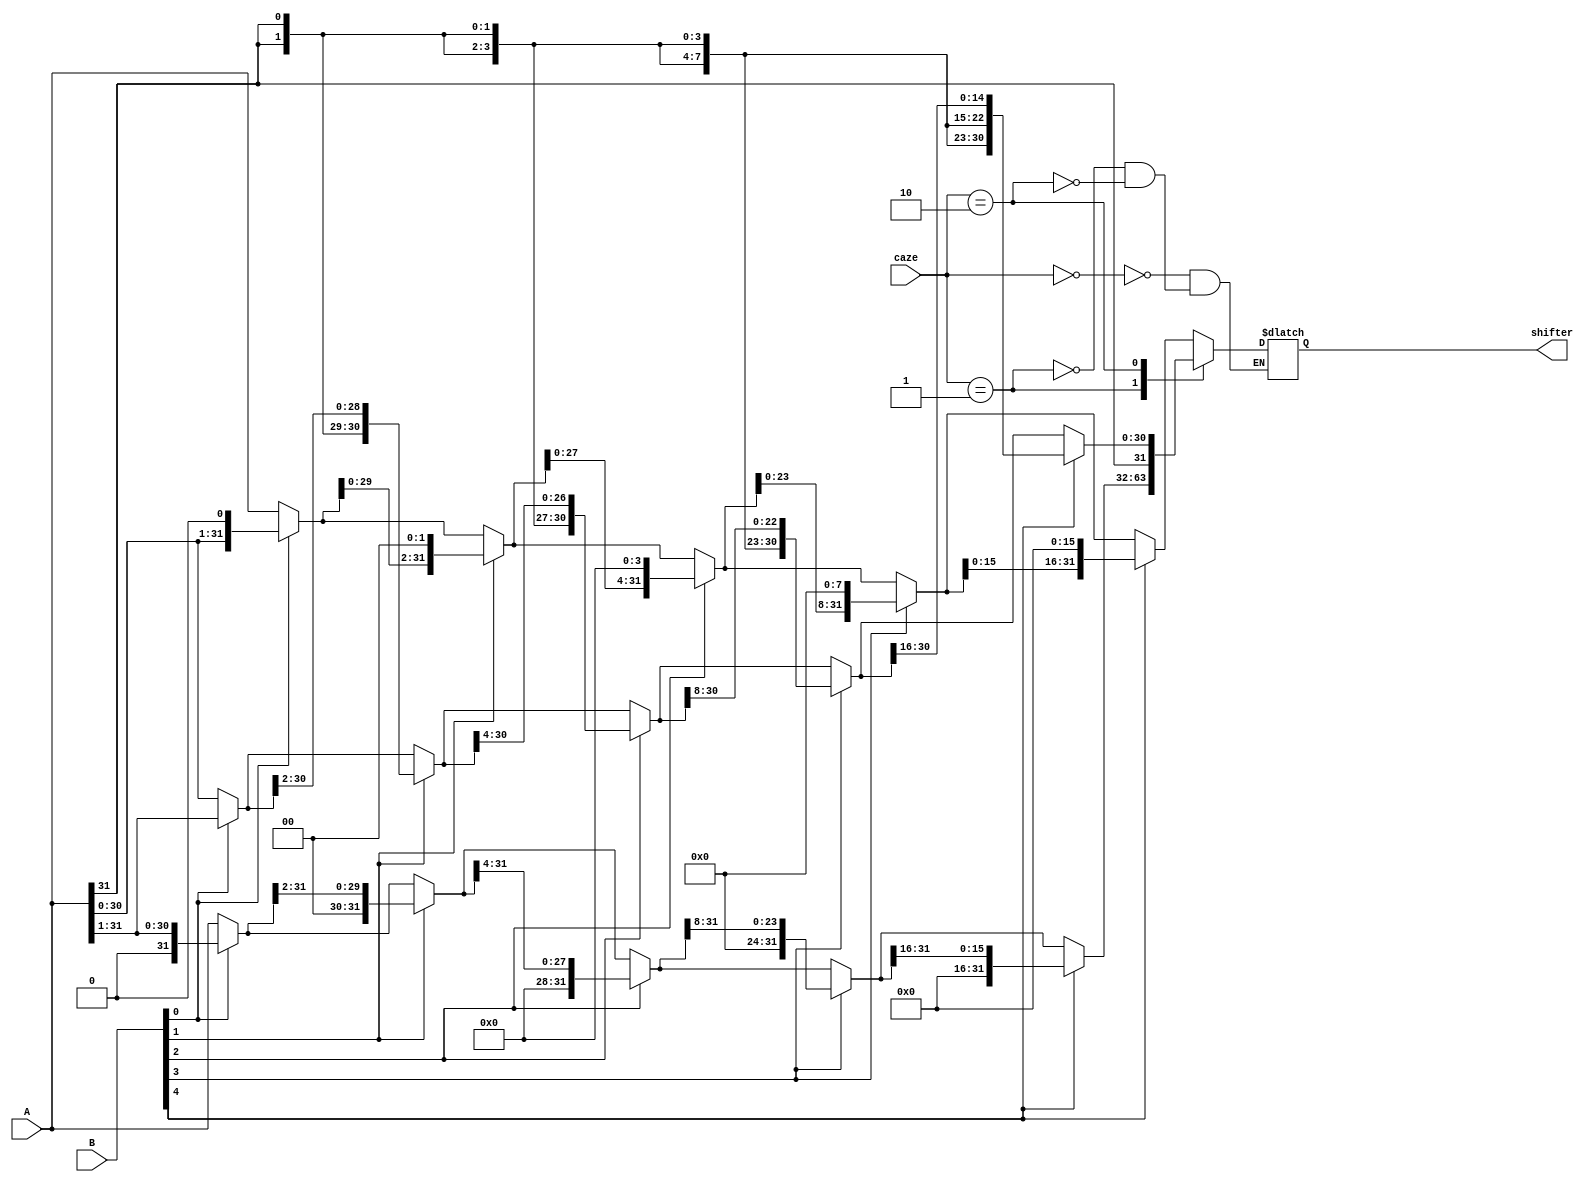
module Shifter(
        input [31:0] A,
        input [31:0] B,
        input [1:0] caze,
        output [31:0] shifter
    );
    
    reg [31:0] temp;
    wire [4:0] b;
    assign b = B[4:0];
    assign shifter = temp;
    always@(*)
    begin
        case(caze)
            2'b00://
            begin
                temp = b[0] ? {A[30:0],1'b0} : A ;
                temp = b[1] ? {temp[29:0],2'b0} : temp;
                temp = b[2] ? {temp[27:0],4'b0} : temp;
                temp = b[3] ? {temp[23:0],8'b0} : temp;
                temp = b[4] ? {temp[15:0],16'b0} : temp; 
            end
            
            2'b01://
            begin
                temp = b[0] ? {1'b0, A[31:1]} : A;
                temp = b[1] ? {2'b0, temp[31:2]} : temp;
                temp = b[2] ? {4'b0, temp[31:4]} : temp;
                temp = b[3] ? {8'b0, temp[31:8]} : temp;
                temp = b[4] ? {16'b0, temp[31:16]} : temp;
            end
            
            2'b10://
            begin
                temp = b[0] ? {{A[31]}, A[31:1]} : A;
                temp = b[1] ? {{2{A[31]}}, temp[31:2]} : temp;
                temp = b[2] ? {{4{A[31]}}, temp[31:4]} : temp;
                temp = b[3] ? {{8{A[31]}}, temp[31:8]} : temp;
                temp = b[4] ? {{16{A[31]}}, temp[31:16]} : temp;
            end
        
        endcase
    end
    
    
    
    
    
    
    
    
    
endmodule